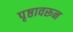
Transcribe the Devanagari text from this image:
पृष्ठावरून